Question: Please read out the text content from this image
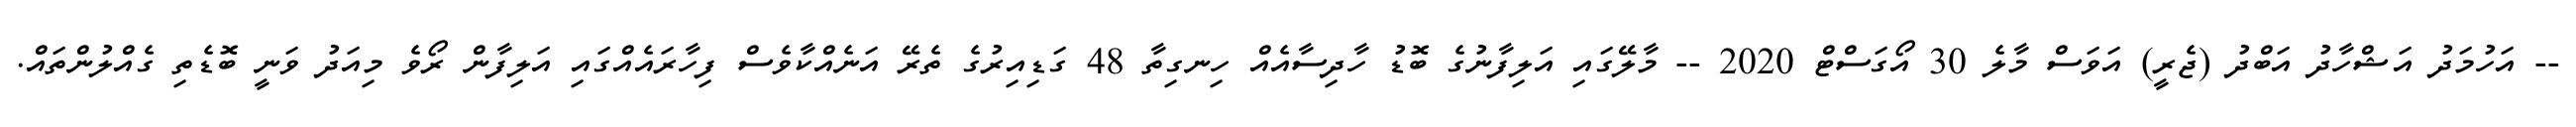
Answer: -- އަހުމަދު އަޝްހާދު އަބްދު (ޖެރީ) އަވަސް މާލެ 30 އޯގަސްޓް 2020 -- މާލޭގައި އަލިފާނުގެ ބޮޑު ހާދިސާއެއް ހިނގިތާ 48 ގަޑިއިރުގެ ތެރޭ އަނެއްކާވެސް ފިހާރައެއްގައި އަލިފާން ރޯވެ މިއަދު ވަނީ ބޮޑެތި ގެއްލުންތައް.